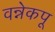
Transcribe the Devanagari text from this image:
वन्नेकपू